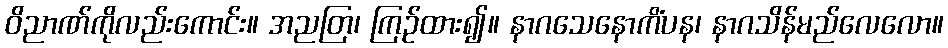
ဝိညာဏ်ကိုလည်းကောင်း။ အညတြ၊ ကြဉ်ထား၍။ နာဂသေနောကိံပန၊ နာဂသိန်မည်လေလော။